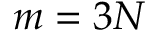
m = 3 N